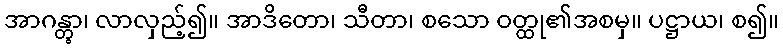
အာဂန္တွာ၊ လာလှည့်၍။ အာဒိတော၊ သီတာ၊ စသော ဝတ္ထု၏အစမှ။ ပဋ္ဌာယ၊ စ၍။